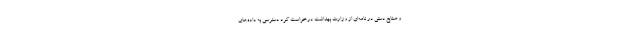
و صنایع دستی در نامه‌ای از وزارت بهداشت درخواست کرد دسترسی به داده‌های